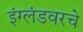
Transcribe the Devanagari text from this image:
इंग्लंडवरचे